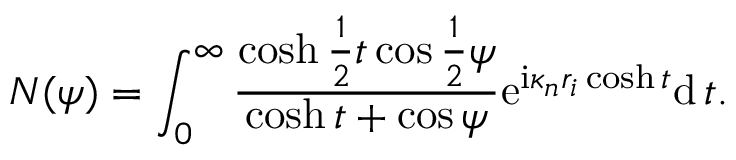
N ( \psi ) = \int _ { 0 } ^ { \infty } \frac { \cosh \frac { 1 } { 2 } t \cos \frac { 1 } { 2 } \psi } { \cosh t + \cos \psi } \mathrm { e } ^ { \mathrm { i } \kappa _ { n } r _ { i } \cosh t } \mathrm { d } \, t .